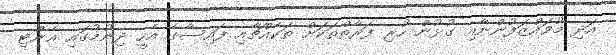
އަދި މުވައްޒަފުންނާއި ގުޅުން ހުރި ފަރާތްތަކަށް ތަކެއްޗާއި ފައިސާގެ އެހީ ދިނުމުގައި އެންޓި